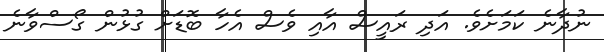
ނުދާނެ ކަމަށެވެ. އަދި ރައީސް އާއި ވެސް އެހާ ބޮޑަށް ގުޅުން ގޯސްވާނެ